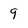
Character: 9